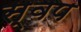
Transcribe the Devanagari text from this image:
स्वप